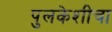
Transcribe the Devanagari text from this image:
पुलकेशीचा